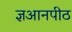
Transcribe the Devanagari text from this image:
ज्ञआनपीठ